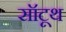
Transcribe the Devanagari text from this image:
सॉटूथ